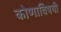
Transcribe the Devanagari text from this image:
कोणाविषयी